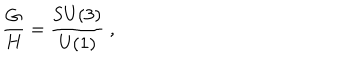
{ \frac { G } { H } } = { \frac { \mathrm { S U } ( 3 ) } { \mathrm { U } ( 1 ) } } ~ ,